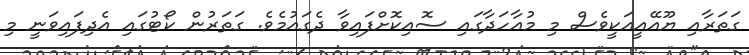
ގަތަރާއި ޔޫއޭއީއަކީވެސް މި މުއާހަދާގައި ސޮއިކޮށްފައިވާ ދެގައުމެވެ. ގަތަރުން ކޯޓުގައި އެދިފައިވަނީ މި